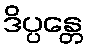
ဒိပ္ပန္တေ